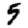
Digit: 5